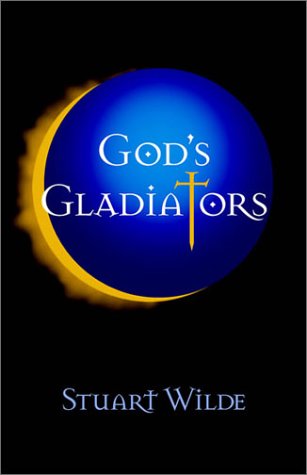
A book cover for God's Gladiators; Stuart Wilde; Religion & Spirituality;